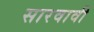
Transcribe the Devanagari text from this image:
सारवावी